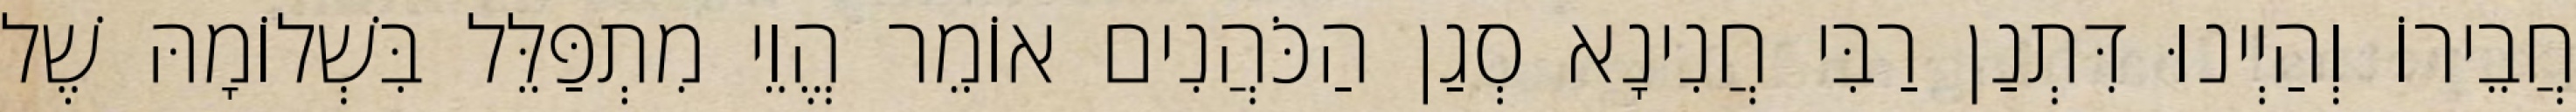
חֲבֵירוֹ וְהַיְינוּ דִּתְנַן רַבִּי חֲנִינָא סְגַן הַכֹּהֲנִים אוֹמֵר הֱוֵי מִתְפַּלֵּל בִּשְׁלוֹמָהּ שֶׁל